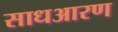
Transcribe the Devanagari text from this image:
साधआरण